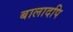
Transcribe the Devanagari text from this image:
बालादपि